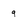
Character: 9